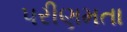
પરીણમતા